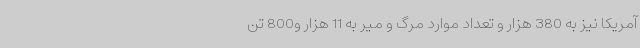
آمریکا نیز به 380 هزار و تعداد موارد مرگ و میر به 11 هزار و800 تن